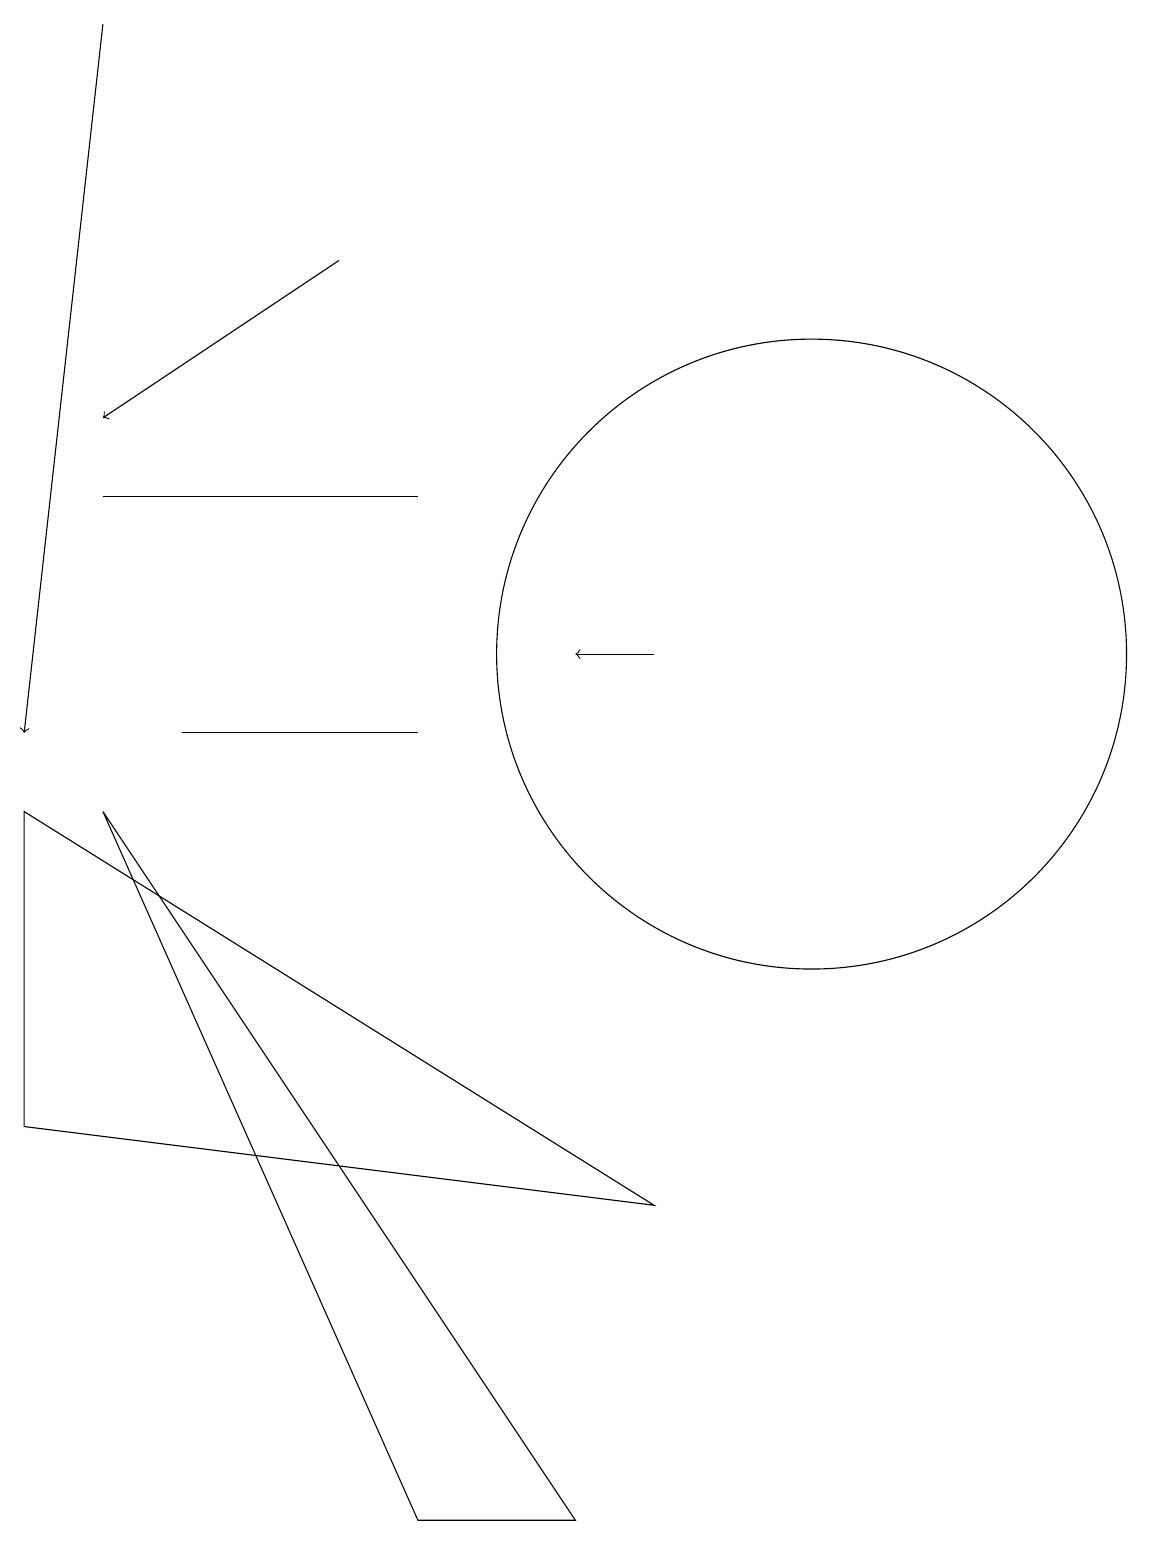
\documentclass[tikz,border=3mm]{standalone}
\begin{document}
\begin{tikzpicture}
\draw (1,5) -- (1,9) -- (9,4) -- cycle;
\draw[->] (5,16) -- (2,14);
\draw (11,11) circle (4);
\draw (2,13) rectangle (6,13);
\draw (6,10) rectangle (3,10);
\draw[->] (9,11) -- (8,11);
\draw (2,9) -- (8,0) -- (6,0) -- cycle;
\draw[->] (2,19) -- (1,10);
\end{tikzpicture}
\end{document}